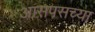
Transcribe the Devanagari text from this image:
आसपसच्या